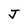
Character: J